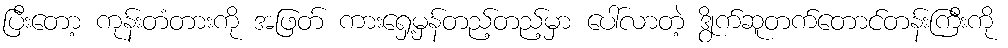
ပြီးတော့ ကုန်းတံတားကို အဖြတ် ကားရှေ့မှန်တည့်တည့်မှာ ပေါ်လာတဲ့ ဒွိုက်ဆူတက်တောင်တန်းကြီးကို